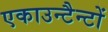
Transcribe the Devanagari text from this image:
एकाउन्टैन्टों